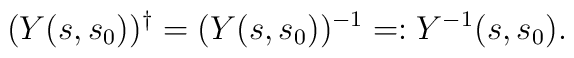
(Y(s,s_0))^\dag = (Y(s,s_0))^{-1} =: Y^{-1}(s,s_0).